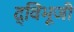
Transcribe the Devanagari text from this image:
द्विभूजी